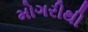
મોગરીથી